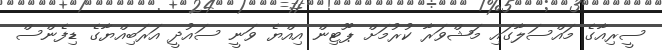
ސީރިއާގެ މައްސަލާގައި މަޝްވަރާ ކުރުމަށް ޕޫޓިން އިއްޔެ ވަނީ ސައުދީ އަރަބިއްޔާގެ ޑިފެންސް